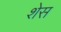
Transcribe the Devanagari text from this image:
शेस